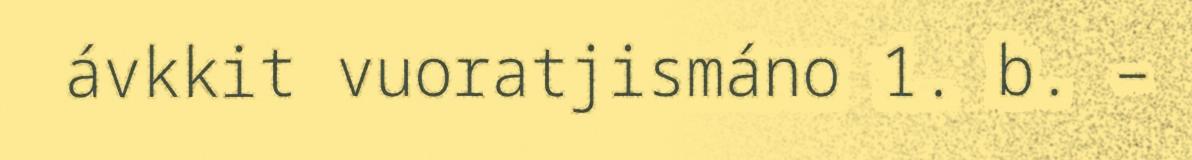
ávkkit vuoratjismáno 1. b. –